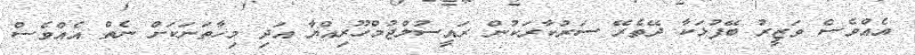
އެއްވެސް ވަޒީރު ބޭފުޅަކާ ދޭތެރޭ ސަރުކާރަކުން ރައީސުލްޖުމްހޫރިއްޔާ އަދި މިހާތަނަކަށް ނެތް އެއްވެސް